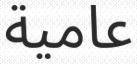
عامية